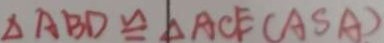
\Delta A B D \cong \Delta A C E ( A S A )